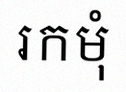
រកមុំ